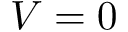
V = 0